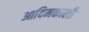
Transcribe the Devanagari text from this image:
आदिमकाली